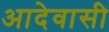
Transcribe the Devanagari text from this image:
आदेवासी